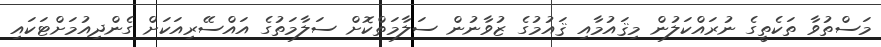
މަސްތުވާ ތަކެތީގެ ނުރައްކަލުން މިޤައުމާއި ޤައުމުގެ ޒުވާނުން ސަލާމަތްކޮށް ސަލާމަތުގެ އައްސޭރިއަކަށް ގެންދިއުމަށްޓަކައި